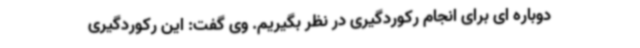
دوباره ای برای انجام رکوردگیری در نظر بگیریم. وی گفت: این رکوردگیری